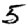
Digit: 5